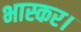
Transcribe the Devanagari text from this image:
भास्कर।